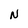
Character: N